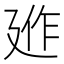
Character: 𢌣